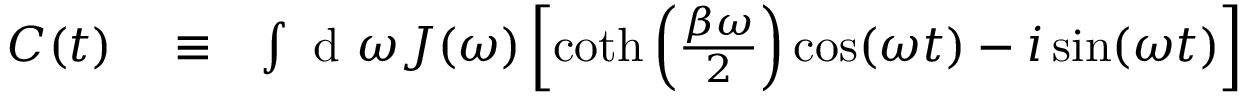
\begin{array} { r l r } { C ( t ) } & { { } \equiv } & { \int \textrm { d } \omega J ( \omega ) \left[ \coth \left( \frac { \beta \omega } { 2 } \right) \cos ( \omega t ) - i \sin ( \omega t ) \right] } \end{array}